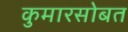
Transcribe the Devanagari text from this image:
कुमारसोबत